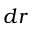
d r